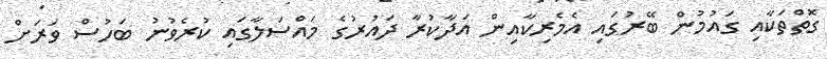
ގޮތްތަކާއި ގައުމުން ބޭރުގައި އެމެރިކާއިން އަދާކުރާ ދައުރުގެ މައްސަލާގައި ކުރެވުނު ބަހުސް ވަރަށް